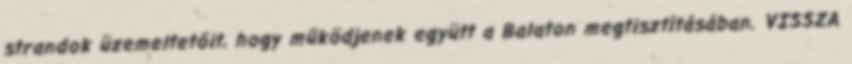
strandok üzemeltetőit, hogy működjenek együtt a Balaton megtisztításában. VISSZA